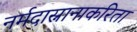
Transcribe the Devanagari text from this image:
नर्मदास्नानाकरिता